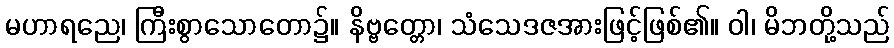
မဟာရညေ၊ ကြီးစွာသောတော၌။ နိဗ္ဗတ္တော၊ သံသေဒဇအားဖြင့်ဖြစ်၏။ ဝါ၊ မိဘတို့သည်